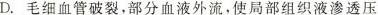
D.毛细血管破裂，部分血液外流，使局部组织液渗透压